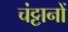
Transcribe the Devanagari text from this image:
चंट्टानों